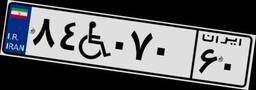
۸۴W۰۷۰۶۰